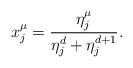
LaTeX: \begin{align*}x_j^{\mu} = \frac{\eta_j^{\mu}}{\eta_j^d + \eta_j^{d+1}}. \end{align*}